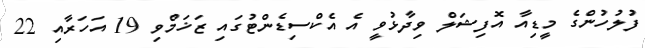
ފުލުހުންގެ މީޑިއާ އޮފިޝަލް ވިދާޅުވީ އެ އެކްސިޑެންޓުގައި ޒަޚަމްވި 19 އަހަރާއި 22